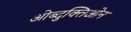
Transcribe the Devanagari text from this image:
ओब्दुक्तिओन